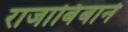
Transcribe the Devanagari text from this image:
राजाबिंबाने